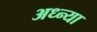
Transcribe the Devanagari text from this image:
अध्न्या